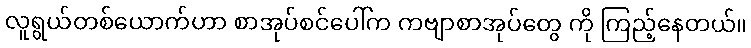
လူရွယ်တစ်ယောက်ဟာ စာအုပ်စင်ပေါ်က ကဗျာစာအုပ်တွေ ကို ကြည့်နေတယ်။